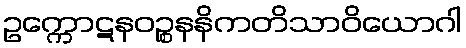
ဥက္ကောဋနဝဉ္စနနိကတိသာဝိယောဂါ